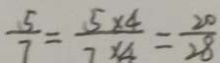
\frac { 5 } { 7 } = \frac { 5 \times 4 } { 7 \times 4 } = \frac { 2 0 } { 2 8 }